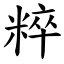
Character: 粹